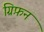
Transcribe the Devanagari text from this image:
ग्रिफ़न